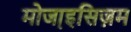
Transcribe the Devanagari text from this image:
मोजा़इसिज़म